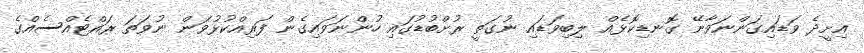
އިށީދެ ވަޑައިގަންނަވާނޭ ގޮނޑިކޮޅެއް ލިބިވަޑައި ނުގަތީ ރުށްބުޑުގައި ހުންނަވައިގެން ފަރިއްކުޅުވަން ނުވަތަ ރައްޓެއްސެއްގެ